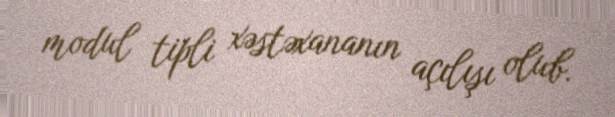
modul tipli xəstəxananın açılışı olub.